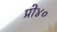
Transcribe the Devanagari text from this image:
प्रो४०